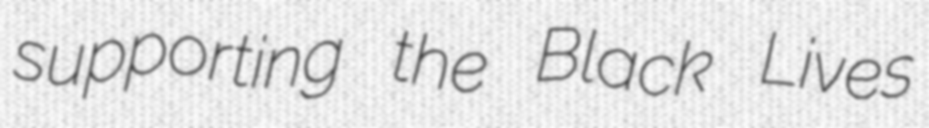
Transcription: supporting the Black Lives